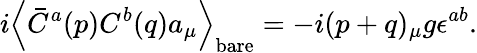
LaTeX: i\left<\bar{C}^{a}(p)C^{b}(q)a_{\mu}\right>_{\mathrm{bare}}=-i(p+q)_{\mu}g\epsilon^{ab}.